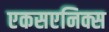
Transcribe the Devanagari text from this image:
एकसएनिक्स